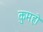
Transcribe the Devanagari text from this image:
कुमहो